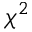
\chi ^ { 2 }